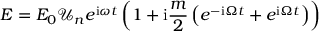
E = E _ { 0 } \mathcal { U } _ { n } e ^ { \mathrm { i } \omega t } \left( 1 + \mathrm { i } \frac { m } { 2 } \left( e ^ { - \mathrm { i } \Omega t } + e ^ { \mathrm { i } \Omega t } \right) \right)